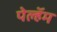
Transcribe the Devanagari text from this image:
पेल्हॅम